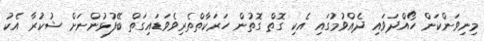
މިނިވަންކަން ހޯއްދަވައި ދެއްވުމުގައި އެކި ގޮތް ގޮތުން ހަރަކާތްތެރިވެވަޑައިގަތް ބޭފުޅުންނަށް ޝުކުރާ އެކު